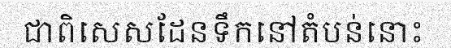
ជាពិសេសដែនទឹកនៅតំបន់នោះ